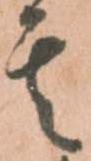
其